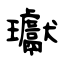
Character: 瓛